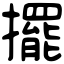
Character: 擺